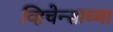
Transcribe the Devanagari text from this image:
व्हिचेन्साच्या